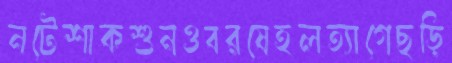
নটেশাকশুনওবরষেহলত্যাগেছড়ি